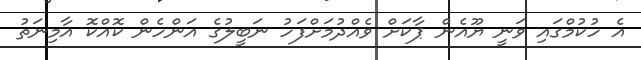
އެ ހުކުމްގައި ވަނީ ޔޫއެން ޕާކަށް ވެއްދުމަށްފަހު ނަބީލުގެ އަންހެން ކޮއްކޮ އާމިނަތު